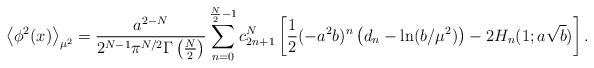
\begin{align*}\left<\phi^2(x)\right>_{\mu^2}=\frac{a^{2-N}}{2^{N-1}\pi^{N/2} \Gamma\left(\frac N2\right)}\sum_{n=0}^{\frac N2-1}c^N_{2n+1}\left[ {1\over 2}(-a^2b)^n\left( d_n-\ln(b/\mu^2)\right)-2H_n(1;a\sqrt b)\right].\end{align*}